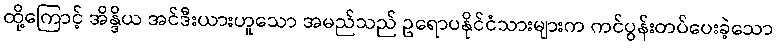
ထို့ကြောင့် အိန္ဒိယ အင်ဒီးယားဟူသော အမည်သည် ဥရောပနိုင်ငံသားများက ကင်ပွန်းတပ်ပေးခဲ့သော